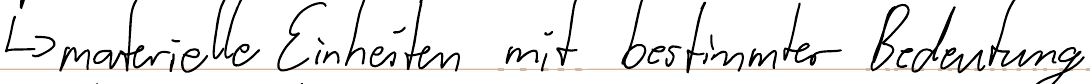
-> materielle Einheiten mit bestimmter Bedeutung